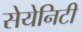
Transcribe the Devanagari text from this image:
सेयेनिटी